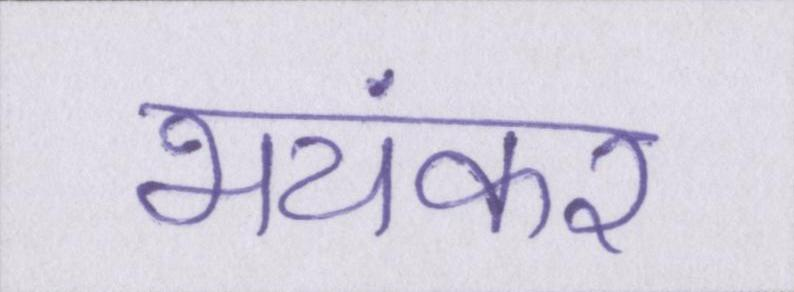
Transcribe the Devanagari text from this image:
भयंकर